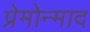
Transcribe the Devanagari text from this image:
प्रेमोन्माद